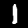
Label: 1